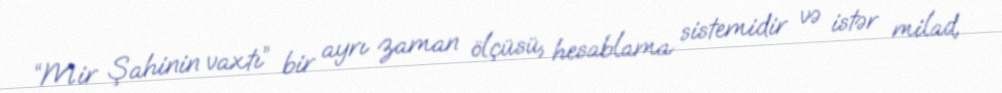
“Mir Şahinin vaxtı” bir ayrı zaman ölçüsü, hesablama sistemidir və istər milad,